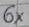
Text: 6×